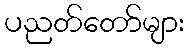
ပညတ်တော်များ